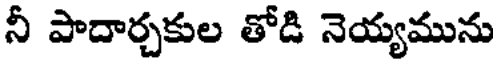
నీ పాదార్చకుల తోడి నెయ్యమును